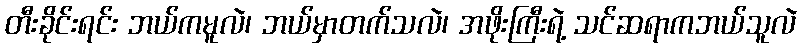
တီးခိုင်းရင်း ဘယ်ကမူလဲ၊ ဘယ်မှာတက်သလဲ၊ အဖိုးကြီးရဲ့ သင်ဆရာကဘယ်သူလဲ